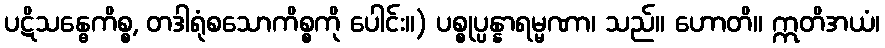
ပဋိသန္ဓေကိစ္စ, တဒါရုံစသောကိစ္စကို ပေါင်း။) ပစ္စုပ္ပန္နာရမ္မဏာ၊ သည်။ ဟောတိ။ ဣတိအယံ၊